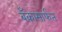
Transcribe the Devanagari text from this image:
बँकामार्फत